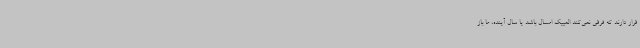
قرار دارند که فرقی نمی‌کند المپیک امسال باشد یا سال آینده، ما باز